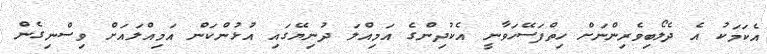
އެކަމަކު އެ ދެލޯބިވެރިންނަށް ހިތްފަސޭހަވާނީ އެކުދިންގެ އަމިއްލަ ދުނިޔޭގައި އުޅުންކަން އަމިއްލައަށް ވިސްނިގެން